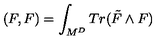
( F , F ) = \int _ { M ^ { D } } T r ( \tilde { F } \wedge F )